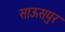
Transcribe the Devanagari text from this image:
साऊसपुर